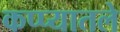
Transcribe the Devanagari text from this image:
कप्प्यातले